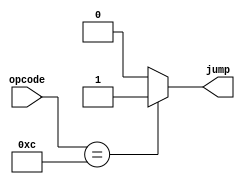
module jumpcontrol(input [3:0] opcode,
			  output reg jump);
				  
always @*
begin
	if (opcode == 4'b1100) jump=1'b1;
	else jump=1'b0;
end
endmodule